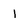
Character: I